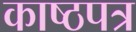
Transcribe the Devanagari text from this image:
काष्ठपत्र